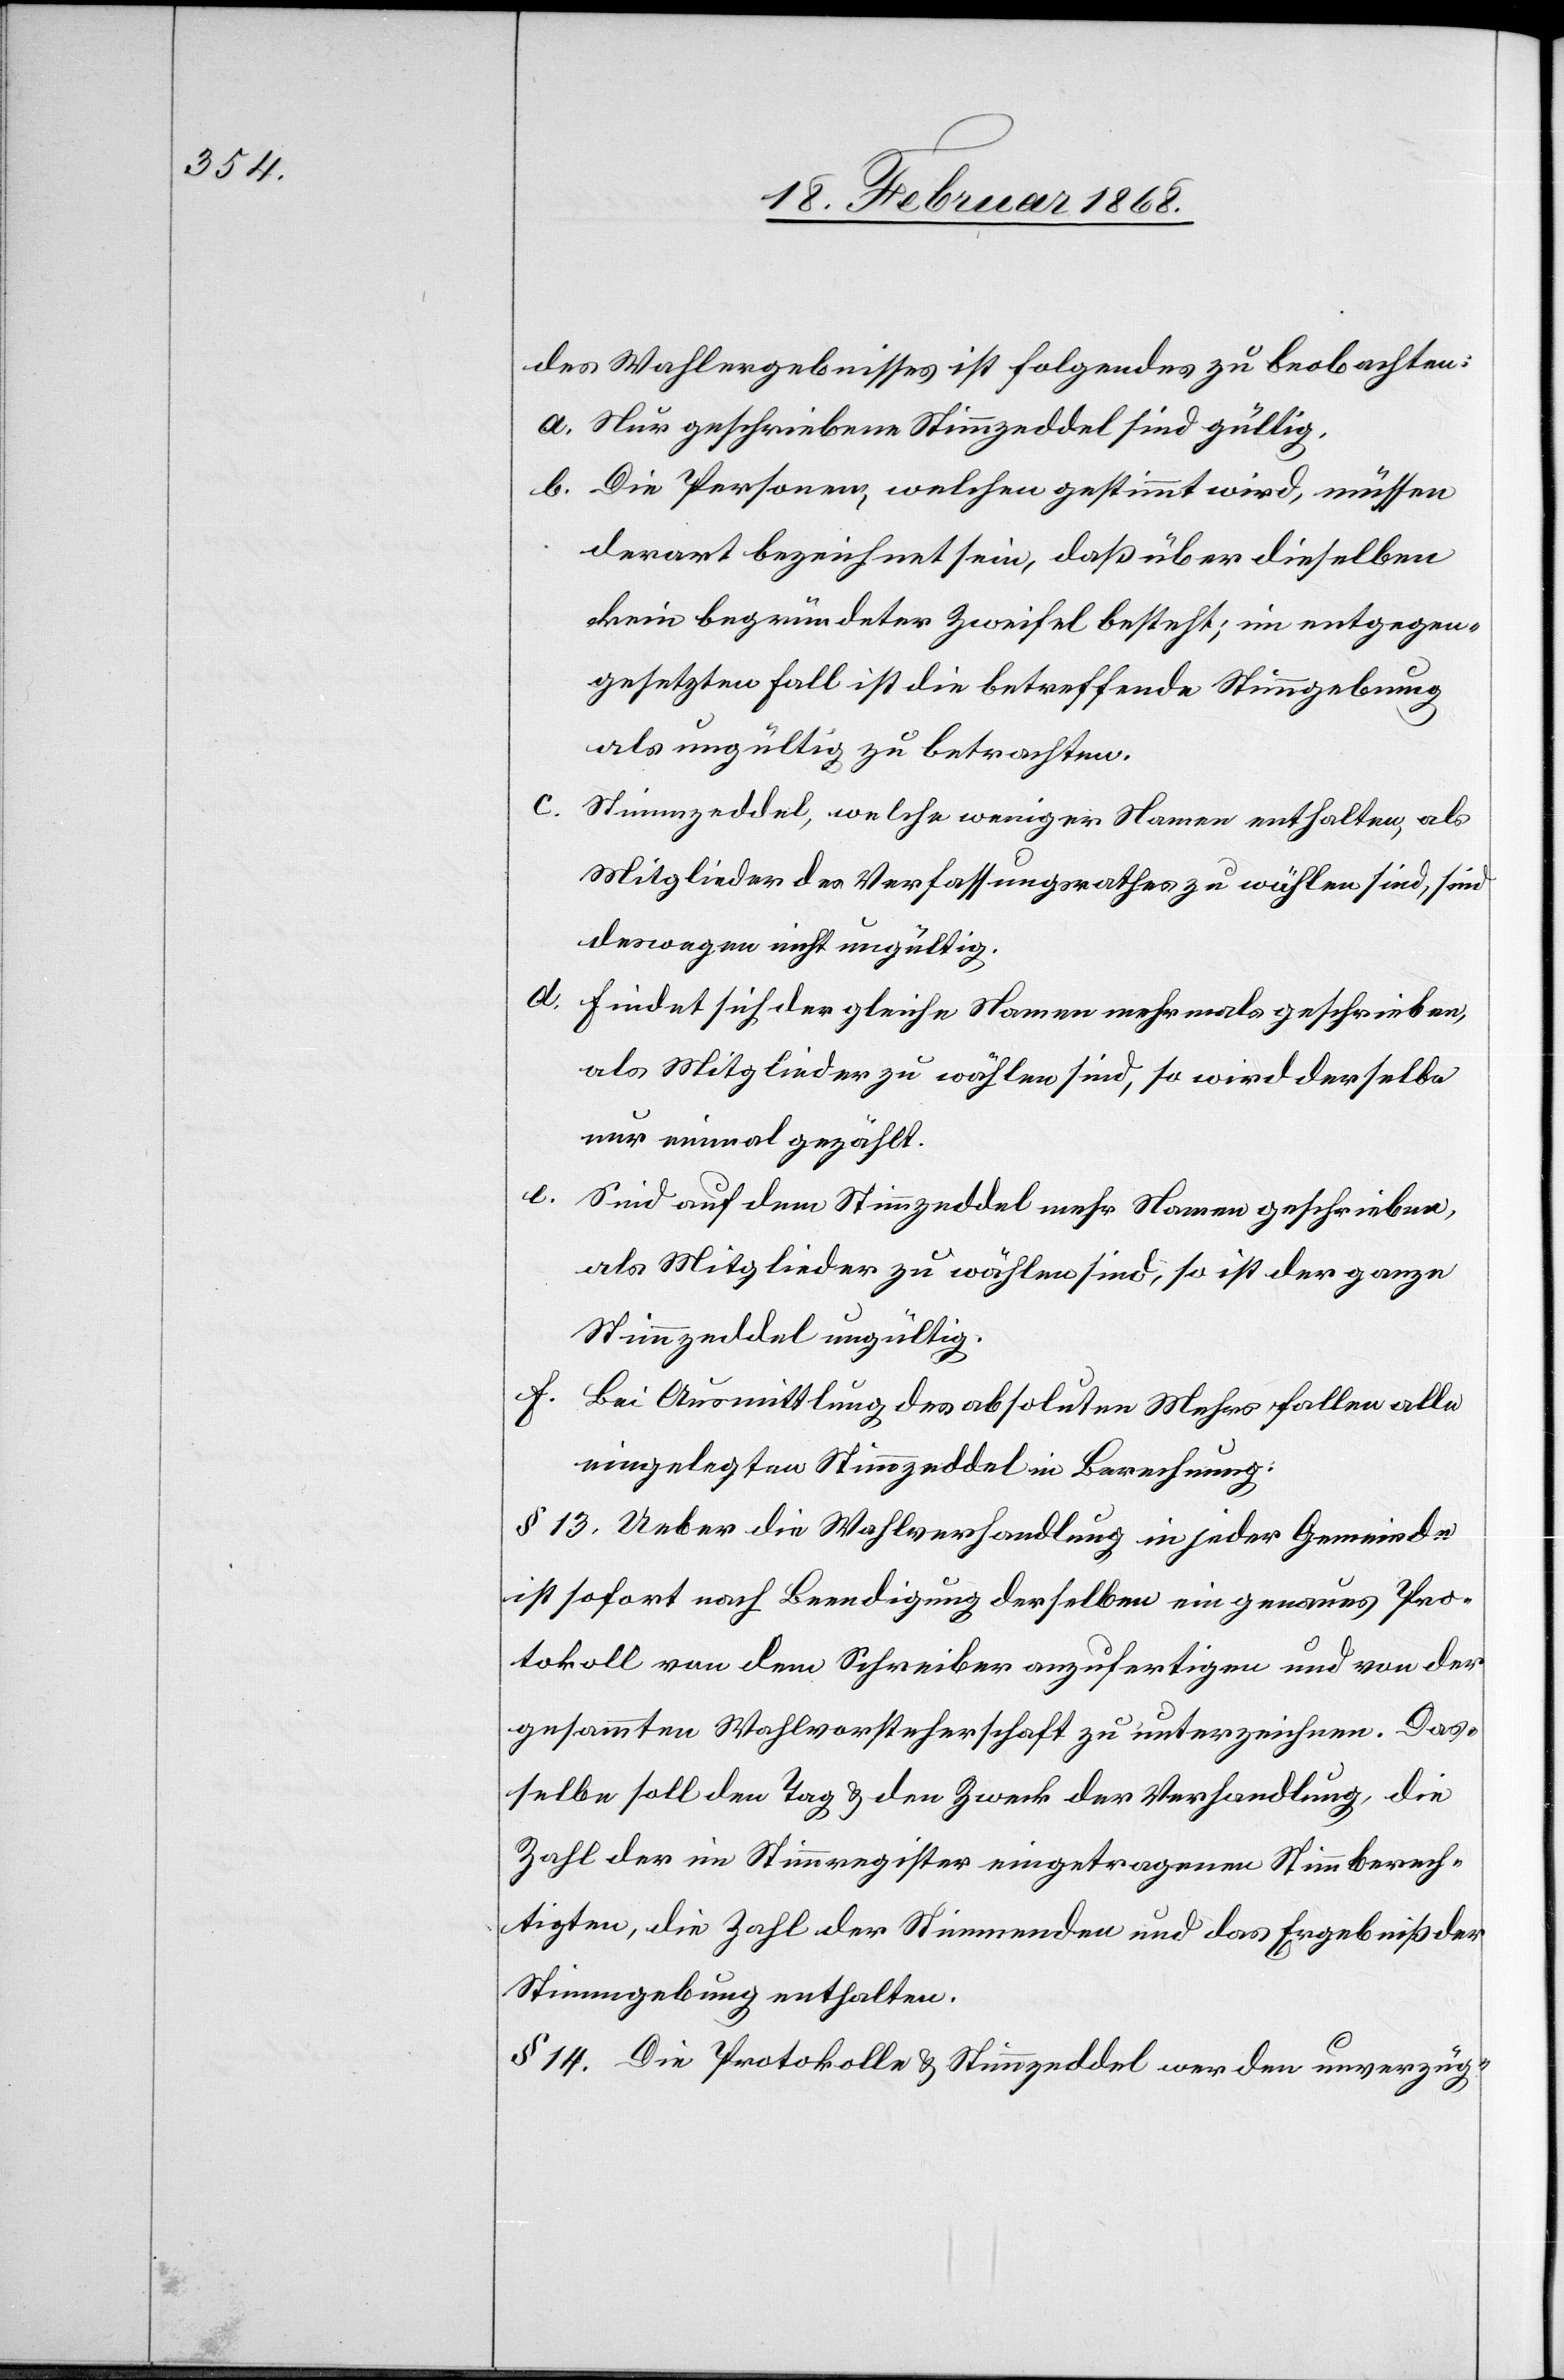
des Wahlergebnisses ist folgendes zu beobachten:
Nur geschriebene Stimmzeddel sind gültig.
Die Personen, welchen gestimmt wird, müssen
derart bezeichnet sein, daß über dieselben
kein begründeter Zweifel besteht; im entgegen¬
gesetzten Fall ist die betreffende Stimmgebung
als ungültig zu betrachten.
Stimmzeddel, welche weniger Namen enthalten, als
Mitglieder des Verfassungsrathes zu wählen sind, sind
deswegen nicht ungültig.
Findet sich der gleiche Namen mehrmals geschrieben,
als Mitglieder zu wählen sind, so wird derselbe
nur einmal gezählt.
Sind auf dem Stimmzeddel mehr Namen geschrieben,
als Mitglieder zu wählen sind, so ist der ganze
Stimmzeddel ungültig.
Bei Ausmittlung des absoluten Mehrs fallen alle
eingelegten Stimmzeddel in Berechnung.
§ 13. Ueber die Wahlverhandlung in jeder Gemeinde
ist sofort nach Beendigung derselben ein genaues Pro¬
tokoll von dem Schreiber anzufertigen und von der
gesammten Wahlvorsteherschaft zu unterzeichnen. Das¬
selbe soll den Tag & den Zweck der Verhandlung, die
Zahl der im Stimmregister eingetragenen Stimmberech¬
tigten, die Zahl der Stimmenden und das Ergebniß der
Stimmgebung enthalten.
§ 14. Die Protokolle & Stimmzeddel werden unverzüg-